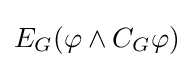
E_{G}(\varphi \wedge C_{G}\varphi )